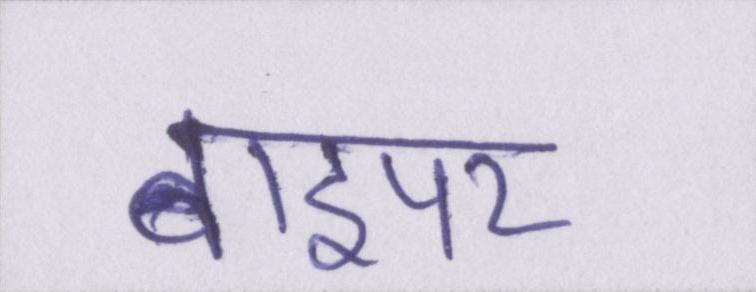
वाइपर